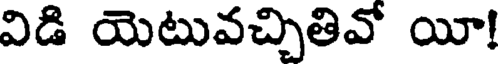
విడి యెటువచ్చితివో యీ!